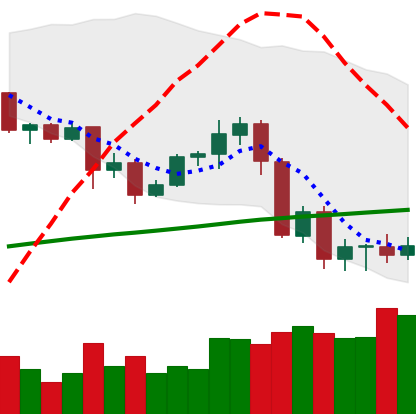
Ticker: ADA-USD
Chart end date: 2020-09-09
Forward return: 3.664%
Label: up_3_5